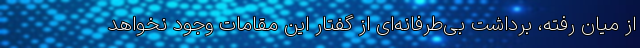
از میان رفته، برداشت بی‌طرفانه‌ای از گفتار این مقامات وجود نخواهد